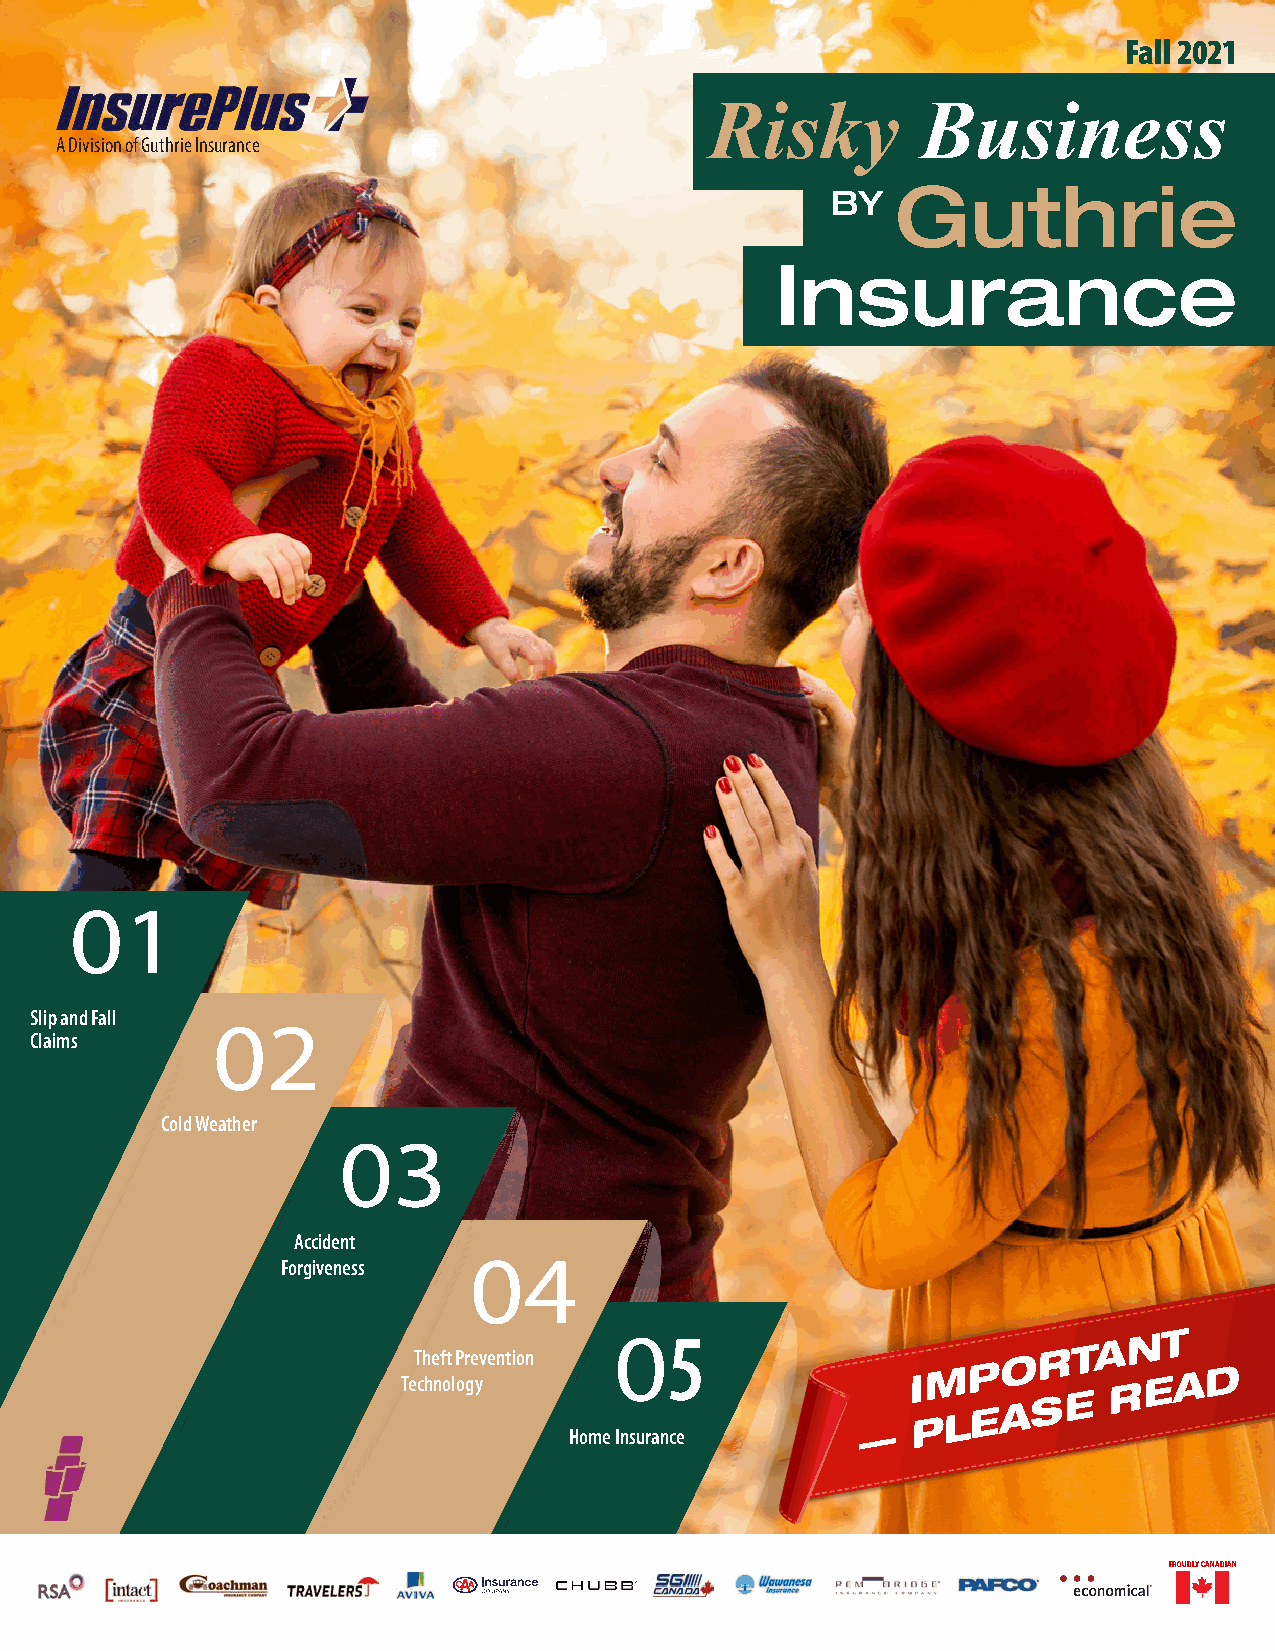
Fall 2021
 Risky         Business
 A Division of Guthrie Insurance
 Guthrie
 BY
 Insurance
 Risky
 Business
 BYGuthrie
 Insurance
 Slip and Fall
 Claims
 Cold Weather
 Accident
 Forgiveness
 5                              NT
 Theft Prevention                       O
 RTA
 Technology
 Home Insurance     —
 I
 PM LP
 E
 AS   E
 R  E
 AD
 PROUDLY CANADIAN
 4Y3 R3L NO ,mahkraM ,.tS nosineD 1511-91
 ecnarusnI
 eirhtuG